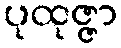
ပုထုဇ္ဇာ